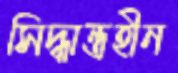
সিদ্ধান্তহীন